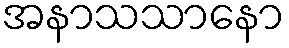
အနာသသာနော